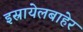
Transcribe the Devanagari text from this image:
इस्रायेलबाहेर